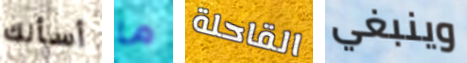
أسألك ما القاحلة وينبغي